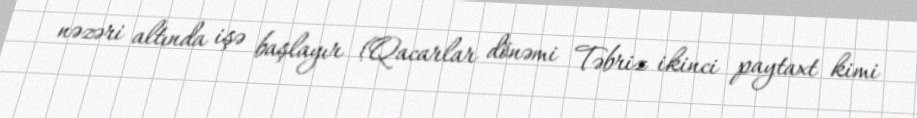
nəzəri altında işə başlayır (Qacarlar dönəmi Təbriz ikinci paytaxt kimi